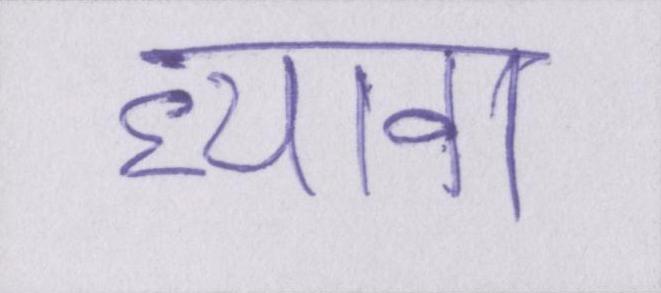
ध्यावा